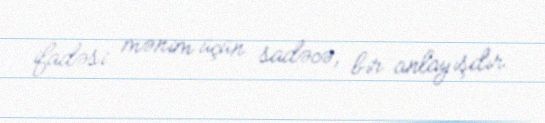
ifadəsi mənim üçün sadəcə, bir anlayışdır.